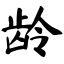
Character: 龄